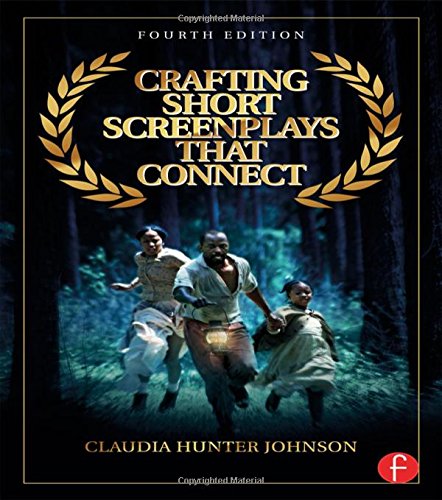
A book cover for Crafting Short Screenplays That Connect; Claudia H Johnson; Humor & Entertainment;